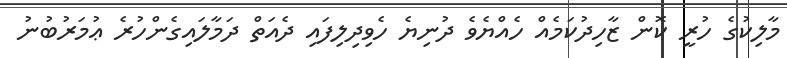
މާލިކުގެ ހުރީ ކޮން ޒާހިދުކަމެއް ހެއްޔެވެ ދުނިޔެ ހެވިދިލިފައި ދެއަތް ދަމާލައިގެންހުރެ ޢުމަރުބުނު